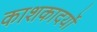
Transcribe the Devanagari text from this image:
काशकादर्यो